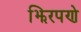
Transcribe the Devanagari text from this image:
झिरपणे